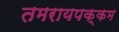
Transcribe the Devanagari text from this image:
तमरायपक्कम